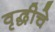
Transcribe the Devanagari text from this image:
वृद्धीचे